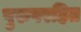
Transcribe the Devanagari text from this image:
पुरुषरहित